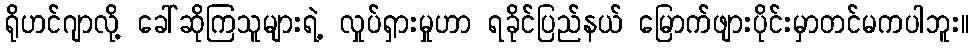
ရိုဟင်ဂျာလို့ ခေါ်ဆိုကြသူများရဲ့ လှုပ်ရှားမှုဟာ ရခိုင်ပြည်နယ် မြောက်ဖျားပိုင်းမှာတင်မကပါဘူး။